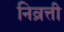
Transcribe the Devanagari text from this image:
निव्रत्ती